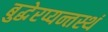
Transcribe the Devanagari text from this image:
बुद्धेरप्यन्तस्थं